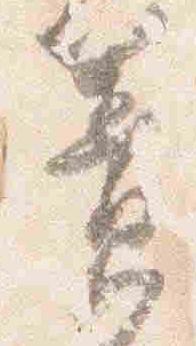
簀